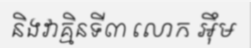
និងវាគ្មិនទី៣ លោក អ៊ឹម